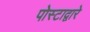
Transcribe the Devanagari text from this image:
पोस्टाद्वारे